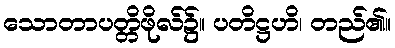
သောတာပတ္တိဖိုလ်၌။ ပတိဋ္ဌဟိ၊ တည်၏။